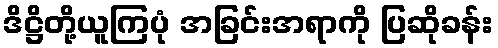
ဒိဋ္ဌိတို့ယူကြပုံ အခြင်းအရာကို ပြဆိုခန်း